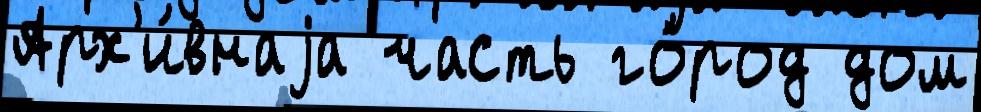
Арх'и́внаjа часть го́род дом